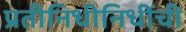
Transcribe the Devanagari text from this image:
प्रतीनिधीनिधींची